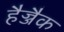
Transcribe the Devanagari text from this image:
हैज्जैक